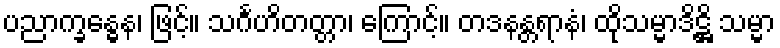
ပညာက္ခန္ဓေန၊ ဖြင့်။ သင်္ဂဟိတတ္တာ၊ ကြောင့်။ တဒနန္တရာနံ၊ ထိုသမ္မာဒိဋ္ဌိ သမ္မာ